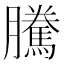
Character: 騰